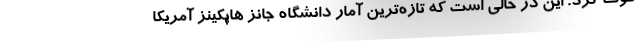
فوت کرد. این در حالی است که تازه‌ترین آمار دانشگاه جانز هاپکینز آمریکا